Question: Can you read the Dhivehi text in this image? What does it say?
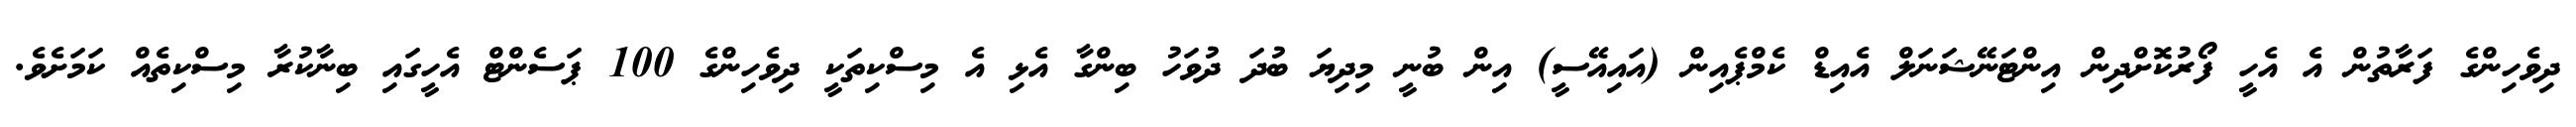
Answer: ދިވެހިންގެ ފަރާތުން އެ އެހީ ފޯރުކޮށްދިން އިންޓަނޭޝަނަލް އެއިޑް ކެމްޕެއިން (އައިއޭސީ) އިން ބުނީ މިދިޔަ ބުދަ ދުވަހު ބިންގާ އެޅި އެ މިސްކިތަކީ ދިވެހިންގެ 100 ޕަސެންޓް އެހީގައި ބިނާކުރާ މިސްކިތެއް ކަމަށެވެ.